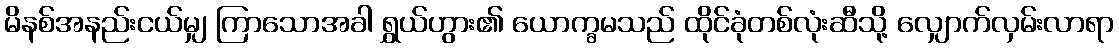
မိနစ်အနည်းငယ်မျှ ကြာသောအခါ ရွှယ်ဟွား၏ ယောက္ခမသည် ထိုင်ခုံတစ်လုံးဆီသို့ လျှောက်လှမ်းလာရာ